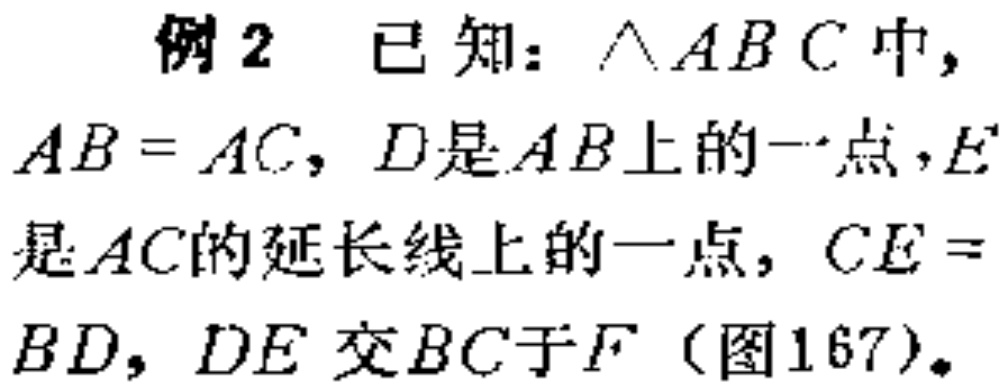
例2 已知：$\triangle ABC$中，$AB = AC$，$D$是$AB$上的一点，$E$是$AC$的延长线上的一点，$CE = BD$，$DE$交$BC$于$F$（图167）。